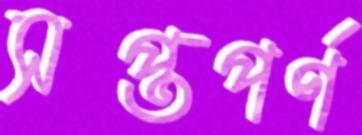
সপ্তপর্ণ